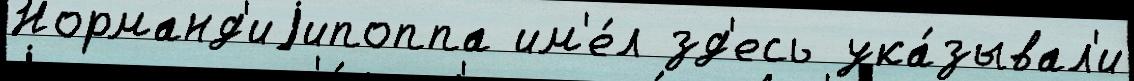
Норманд'иjипоппа им'е́л зд'есь ука́зывал'и